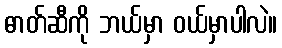
ဓာတ်ဆီကို ဘယ်မှာ ဝယ်မှာပါလဲ။